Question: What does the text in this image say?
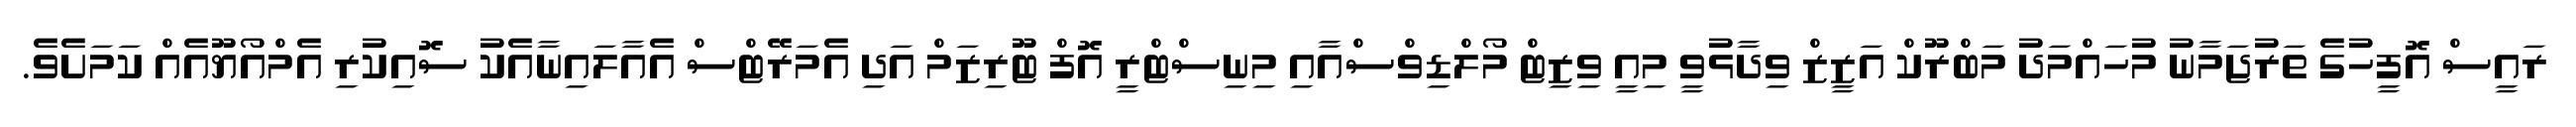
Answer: ރައީސް އޮފީހުގެ ތަރުޖަމާނު މުހައްމަދު މަބްރޫކް އަޒީޒް ވިދާޅުވީ މިއީ ވިޒިޓް މޯލްޑިވްސްއާއި މިނިސްޓްރީ އޮފް ޓޫރިޒަމް އަދި އެމަރޭޓްސް އެއާލައިނާއެކު ސޮއިކުރި އެމްއޯޔޫއެއް ކަމަށެވެ.